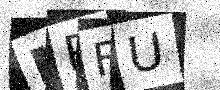
Text: MRFU